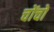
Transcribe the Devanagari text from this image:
चोंचों